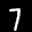
Label: 7